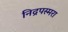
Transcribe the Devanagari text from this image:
निद्रपस्मरा